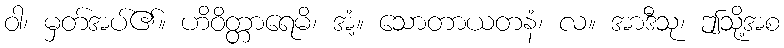
ဝါ၊ မှတ်အပ်၏။ ဟိဝိတ္တာရေမိ၊ အံ့။ သောတာယတနံ၊ လ။ အာဒီသု၊ ဤသို့အစ